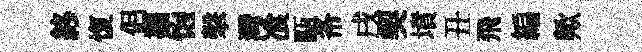
終愎侣襴饱擊灣飡甌𢁙戌契墳丑飛編歟